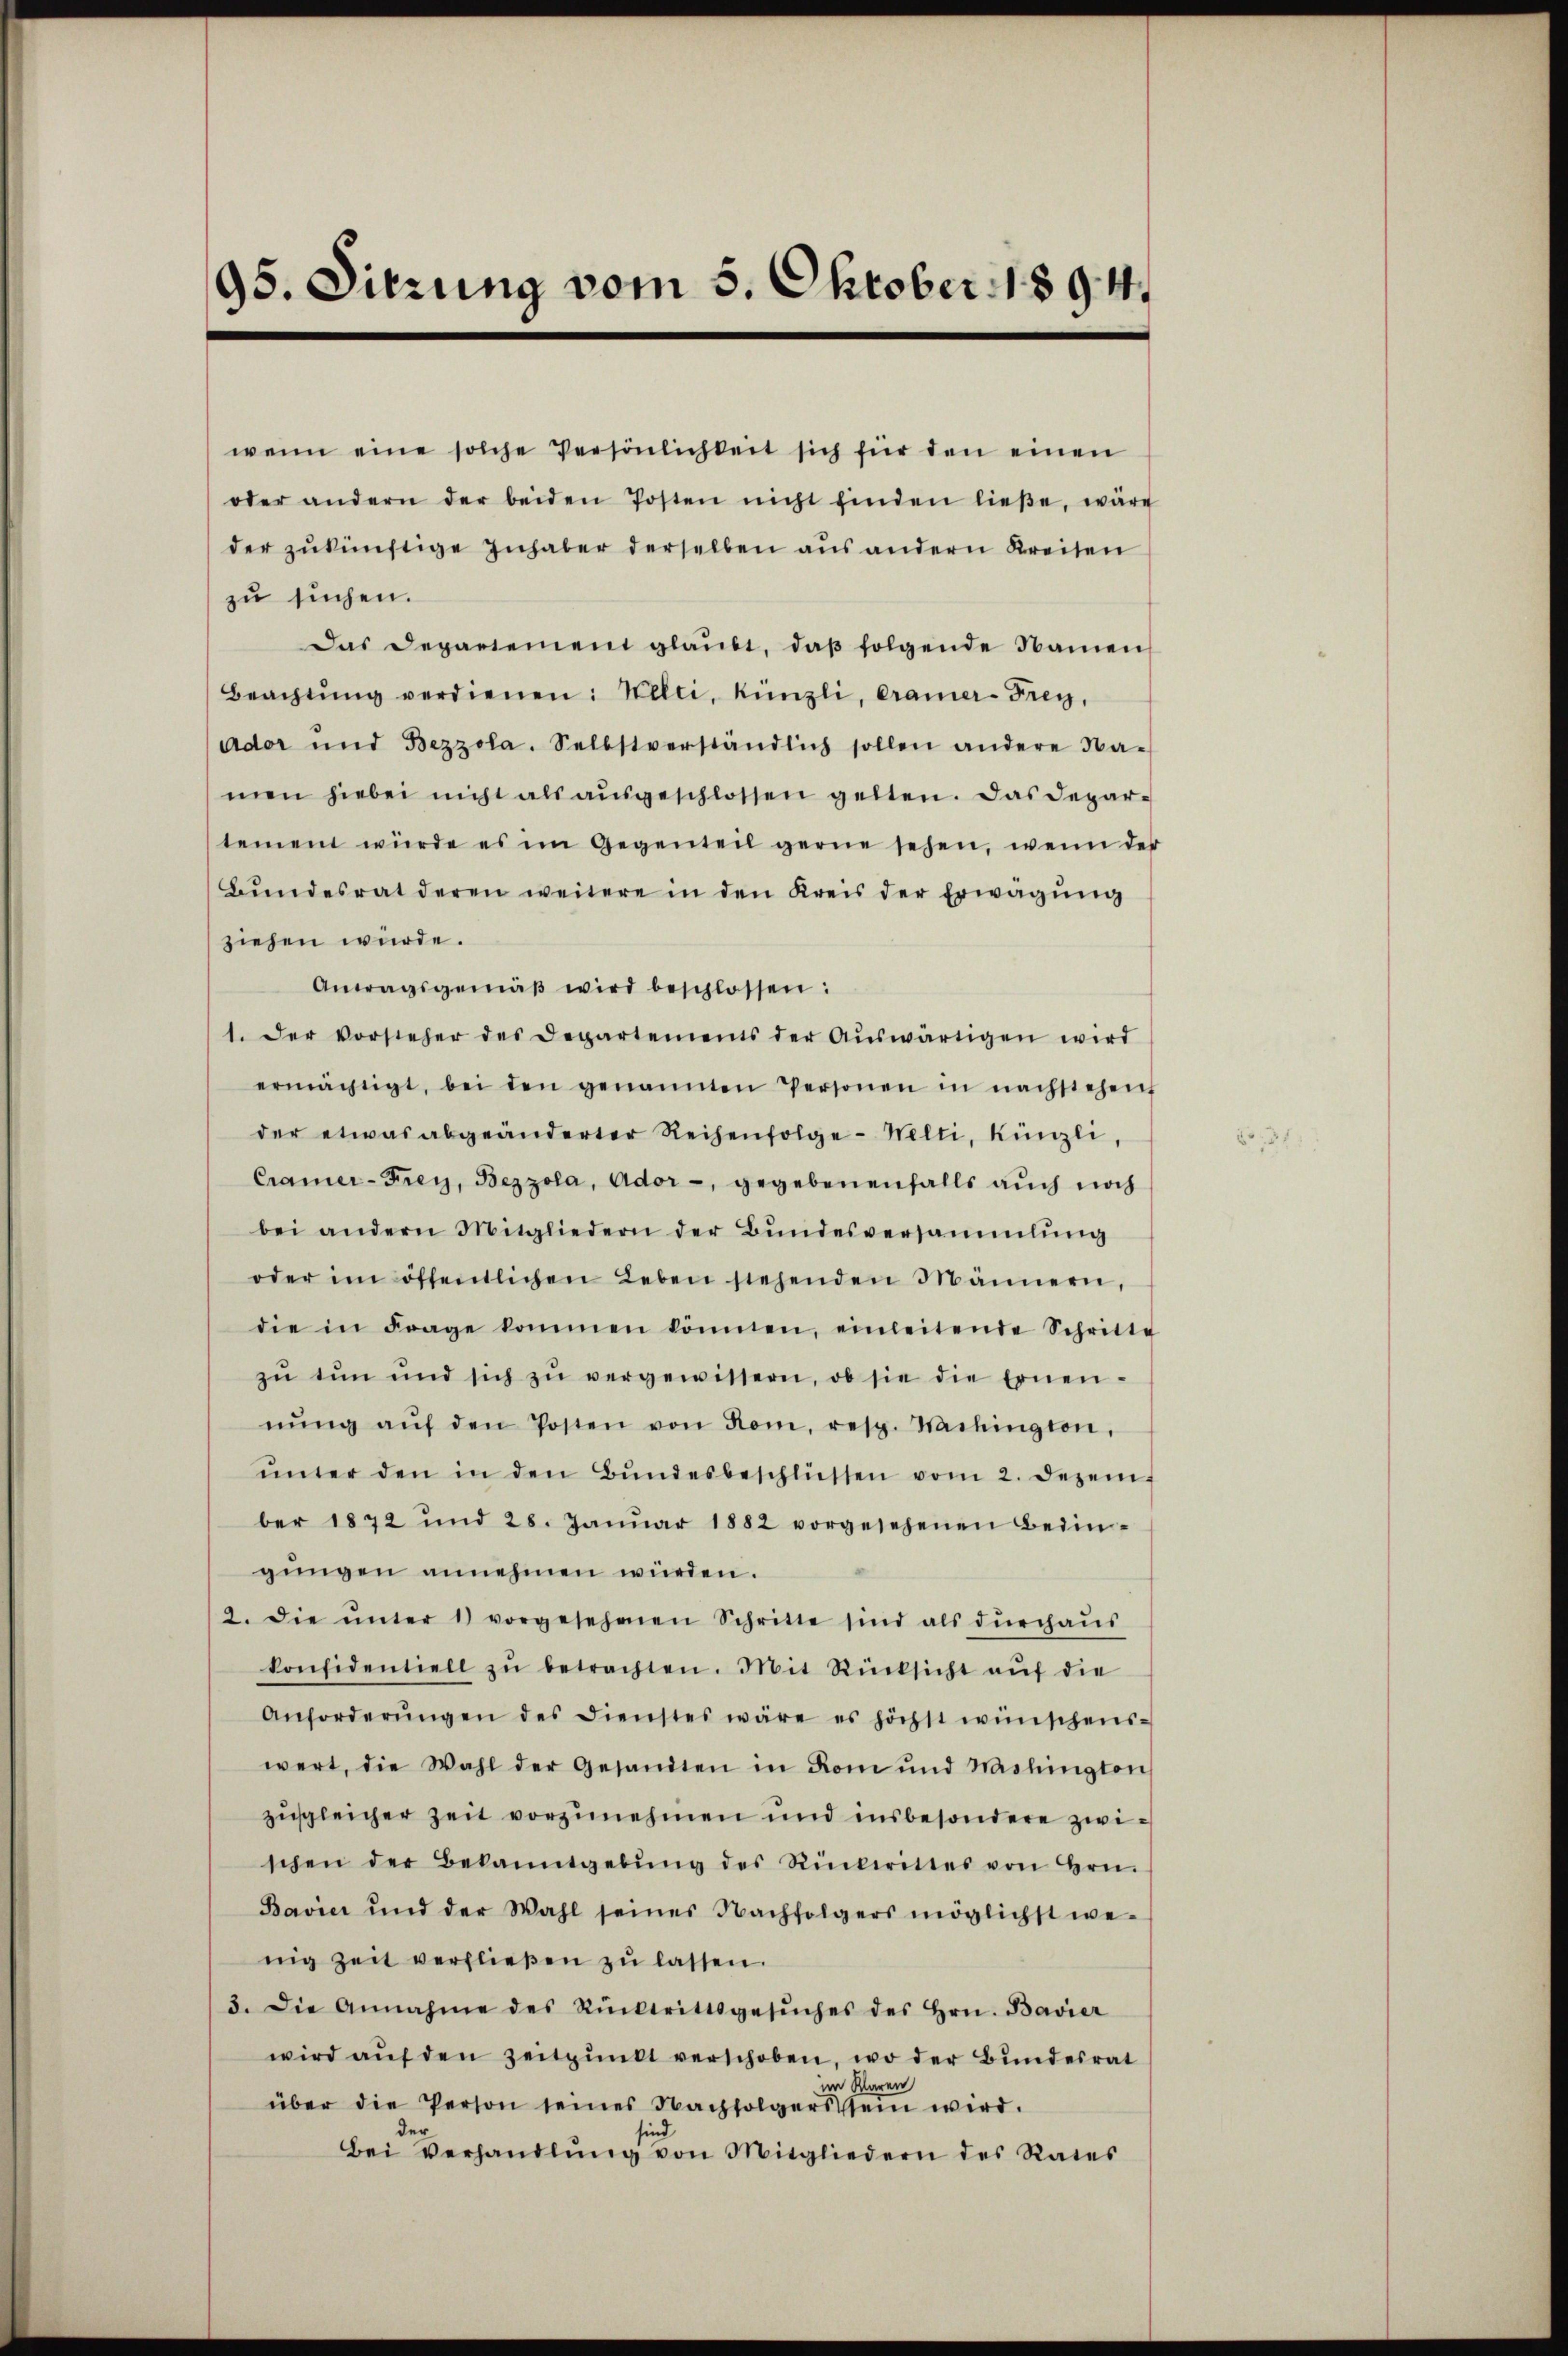
95. Sitzung vom 5. Oktober 1894.

wenn eine solche Persönlichkeit sich für den einen
oder andern der beiden Posten nicht finden ließe, wäre
der zŭkünftige Inhaber derselben aus andern Kreisen
zu suchen.
Das Depariement glaubt, daβ folgende Namen
Beachtŭng verdienen: Welti, Künzli, Cramer-Frey,
ador und Bezzola. Selbstverständlich sollen andere Na-
men hiebei nicht als ausgeschlossen gelten. Das Departement würde es im Gegenteil gerne sehen, wenn der
Bŭndesrat deren weitere in den Kreis der Erwägŭng
ziehen würde.
Antragsgemäβ wird beschlossen:
1. Der vorsteher des Departements der Aŭswärtigen wird
ermächtigt, bei den genannten Personen in nachstehen
der etwas abgeänderter Reihenfolge-Welti, Künzli,
Cramer-Frey, Bezzola, Ador-, gegebenenfalls auch noch
bei andern Mitgliedern der Bŭndesversammlung
oder im öffentlichen Leben stehenden Männern,
die in Frage kommen können, einleitende Schritte
zŭ tun und sich zŭ vergewissern, ob sie die Ernennŭng aŭf den Posten von Rom, resp. Wachington,
ŭnter den in den Bŭndesbeschlüssen vom 2. Dezem
ber 1872 und 28. Janŭar 1882 vorgesehenen Bedin-
gungen annehmen würden.
2. Die ŭnter 1) vorgesehenen Schritte sind als dŭrchaŭs
konfidentiell zŭ betrachten. Mit Rücksicht aŭf die
Anforderŭngen des Dienstes wäre es höchst wünschens-
wert, die Wahl der Gesandten in Rom und Washington
zusgleicher Zeit vorzunehmen und insbesondere zwischen der Bekanntgebŭng des Rükerittes von Hrn.
Bavier und der Wahl seines Nachfolgers möglichst wenig zeit verfließen zŭ lassen.
3. Die Annahme des Rücktrittsgesŭches des Hrn. Bavier
wird aŭf den Zeitpunkt verschoben, wo der Bundesrat
im Waren
über die Person seines Nachfolgers sein wird.
Bei Verhandlŭng von Mitgliedern des Rates